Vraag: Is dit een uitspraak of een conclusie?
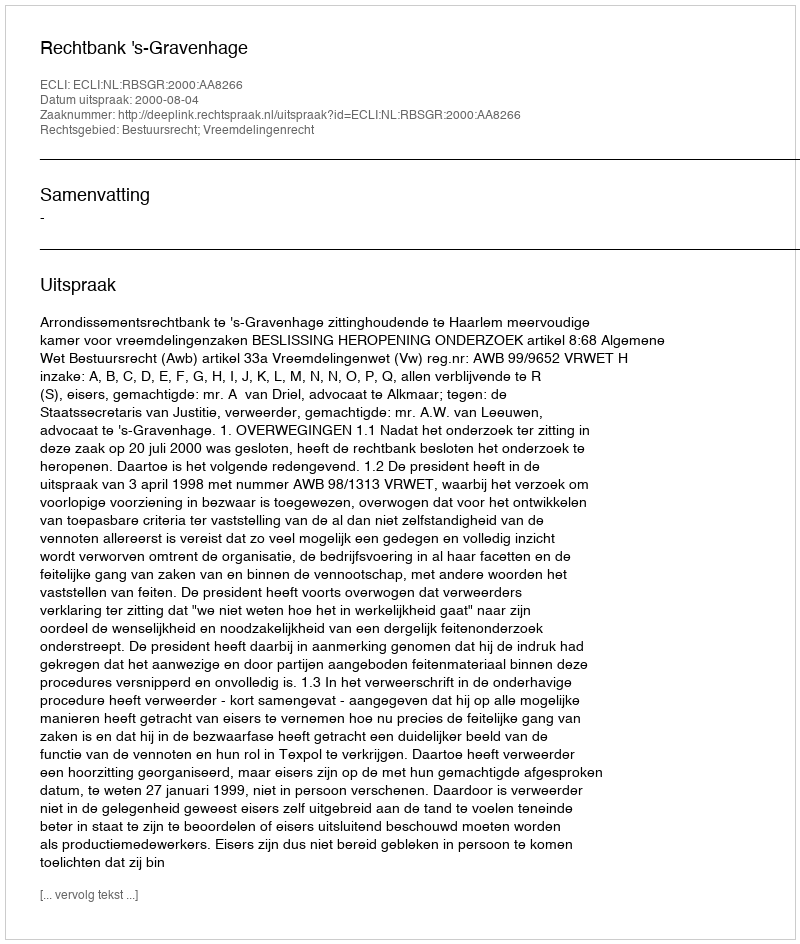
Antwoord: Uitspraak